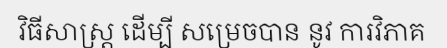
វិធីសាស្ត្រ ដើម្បី សម្រេចបាន នូវ ការវិភាគ